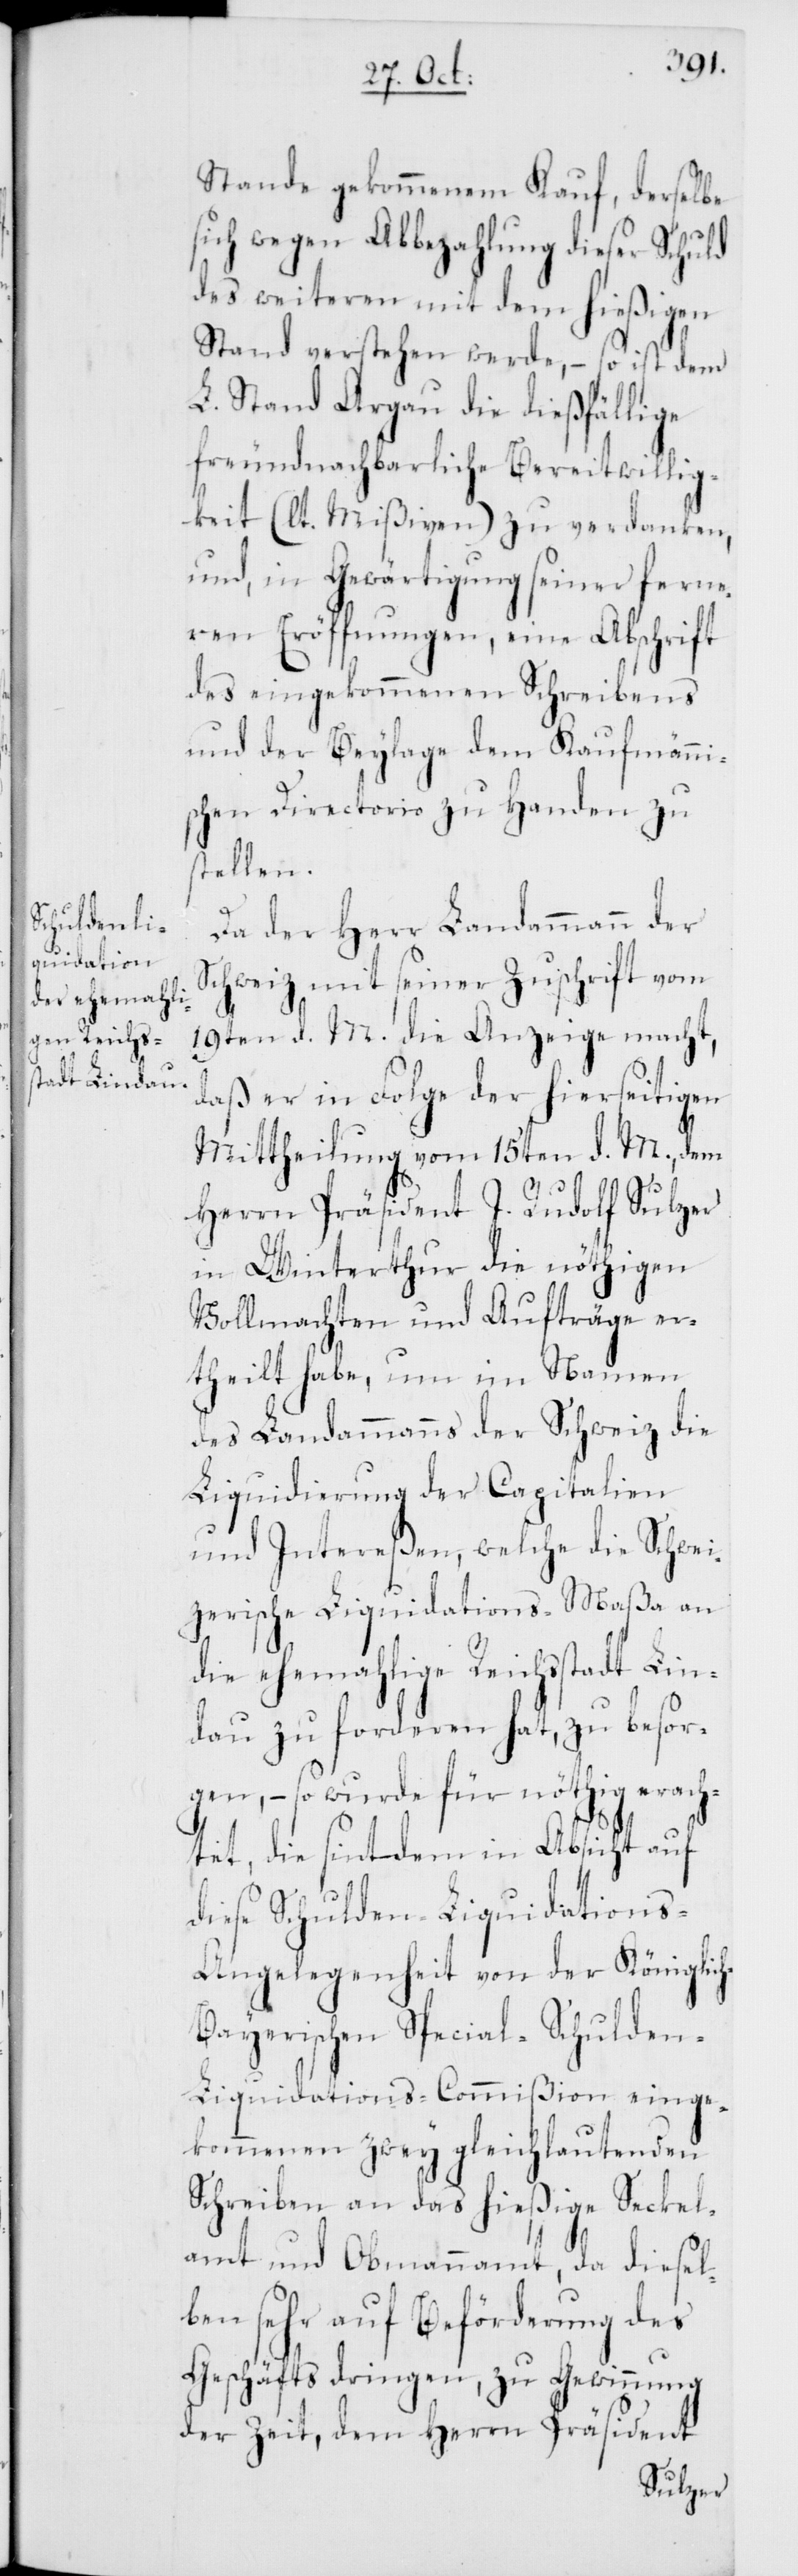
Stande gekommenem Kauf, derselbe
sich wegen Abbezahlung dieser Schuld
des weiteren mit dem hießigen
Stand verstehen werde, – so ist dem
L. Stand Argau die dießfällige
freundnachbarliche Bereitwillig¬
keit (lt. Mißiven) zu verdanken,
und in Gewärtigung seiner ferne¬
ren Eröffnungen, eine Abschrift
des eingekommenen Schreibens
und der Beylage dem Kaufmänni¬
schen Directorio zu Handen zu
stellen.
Da der Herr Landammann der
Schweiz mit seiner Zuschrift vom
19ten d. M. die Anzeige macht,
daß er in Folge der hierseitigen
Mittheilung vom 15ten d. M., dem
Herrn Präsident J. Rudolf Sulzer
in Winterthur die nöthigen
Vollmachten und Aufträge er¬
theilt habe, um im Namen
des Landammanns der Schweiz die
Liquidierung der Capitalien
und Intereßen, welche die Schwei¬
zerische Liquidations-Maßa an
die ehemahlige Reichsstadt Lin¬
dau zu forderen hat, zu besor¬
gen, – so wurde für nöthig erach¬
tet, die sintdem in Absicht auf
diese Schulden-Liquidations-A¬
ngelegenheit von der Königlic¬
h-Bayerischen Special-Schulde¬
n-Liquidations-Commißion einge¬
kommenen zwey gleichlautenden
Schreiben an das hießige Seckel¬
amt und Obmannamt, da diesel¬
ben sehr auf Beförderung des
Geschäfts dringen, zu Gewinnung
der Zeit, dem Herrn Präsident